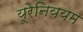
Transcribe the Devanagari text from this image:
यूरेनिययम